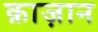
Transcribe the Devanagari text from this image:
क़ाज़ान